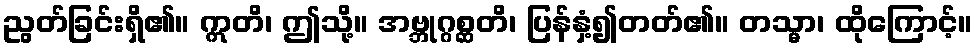
ညွတ်ခြင်းရှိ၏။ ဣတိ၊ ဤသို့။ အဗ္ဘုဂ္ဂစ္ဆတိ၊ ပြန်နှံ့၍တတ်၏။ တသ္မာ၊ ထိုကြောင့်။